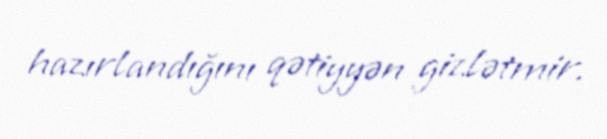
hazırlandığını qətiyyən gizlətmir.